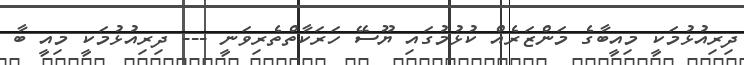
ދިރިއުޅުމަކީ މިއީބާގެ މަންޒަރެއް ކުޅުމުގައި ޔޫސޭ ހަރަކާތްތެރިވަނީ --- ދިރިއުޅުމަކީ މިއީ ބާ